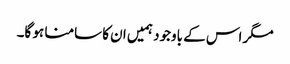
مگر اس کے باوجود ہمیں ان کا سامنا ہو گا۔